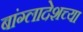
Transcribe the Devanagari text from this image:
बांग्लादेशच्या